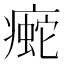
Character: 𰣿